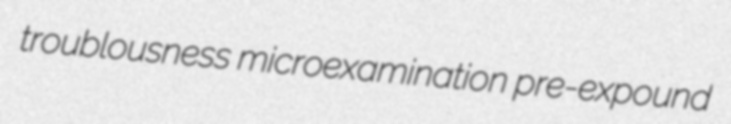
troublousness microexamination pre-expound